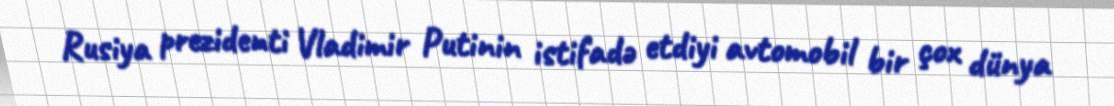
Rusiya prezidenti Vladimir Putinin istifadə etdiyi avtomobil bir çox dünya